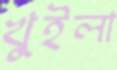
খুইলা